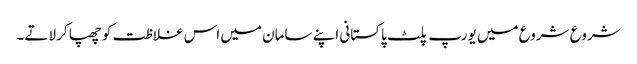
شروع شروع میں یورپ پلٹ پاکستانی اپنے سامان میں اس غلاظت کو چھپا کر لاتے۔